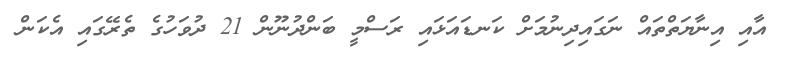
އާއި އިނާޔަތްތައް ނަގައިދިނުމަށް ކަނޑައަޅައި ރަސްމީ ބަންދުނޫން 21 ދުވަހުގެ ތެރޭގައި އެކަން